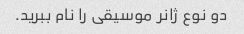
دو نوع ژانر موسیقی را نام ببرید.